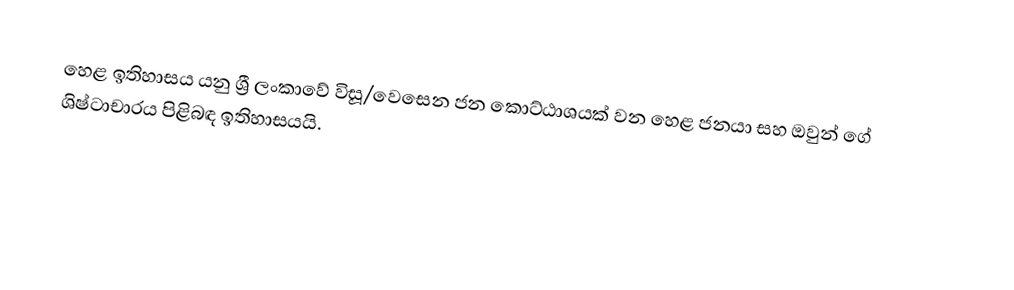
හෙළ ඉතිහාසය යනු ශ්‍රී ලංකාවේ විසූ/වෙසෙන ජන කොට්ඨාශයක් වන හෙළ ජනයා සහ ඔවුන් ගේ ශිෂ්ටාචාරය පිළිබඳ ඉතිහාසයයි.